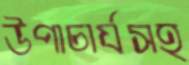
উপাচার্যসহ